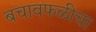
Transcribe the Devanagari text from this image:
बचावफळीचा